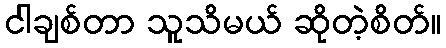
ငါချစ်တာ သူသိမယ် ဆိုတဲ့စိတ်။